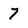
Character: 7